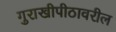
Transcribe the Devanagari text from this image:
गुराखीपीठावरील